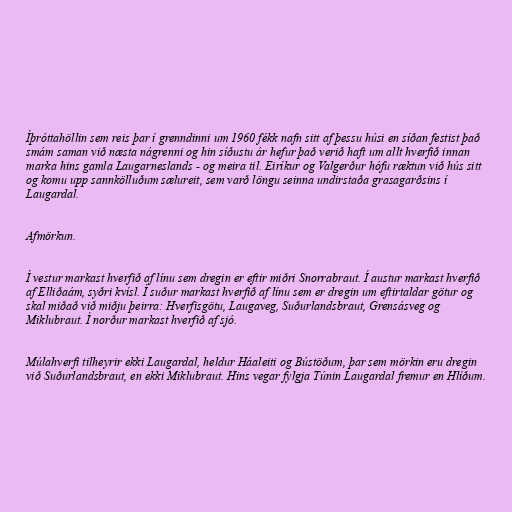
Íþróttahöllin sem reis þar í grenndinni um 1960 fékk nafn sitt af þessu húsi en síðan festist það
smám saman við næsta nágrenni og hin síðustu ár hefur það verið haft um allt hverfið innan
marka hins gamla Laugarneslands - og meira til. Eiríkur og Valgerður hófu ræktun við hús sitt
og komu upp sannkölluðum sælureit, sem varð löngu seinna undirstaða grasagarðsins í
Laugardal.

Afmörkun.

Í vestur markast hverfið af línu sem dregin er eftir miðri Snorrabraut. Í austur markast hverfið
af Elliðaám, syðri kvísl. Í suður markast hverfið af línu sem er dregin um eftirtaldar götur og
skal miðað við miðju þeirra: Hverfisgötu, Laugaveg, Suðurlandsbraut, Grensásveg og
Miklubraut. Í norður markast hverfið af sjó.

Múlahverfi tilheyrir ekki Laugardal, heldur Háaleiti og Bústöðum, þar sem mörkin eru dregin
við Suðurlandsbraut, en ekki Miklubraut. Hins vegar fylgja Túnin Laugardal fremur en Hlíðum.